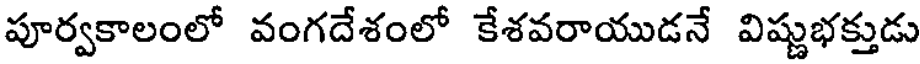
పూర్వకాలంలో వంగదేశంలో కేశవరాయుడనే విష్ణుభక్తుడు